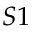
S 1